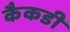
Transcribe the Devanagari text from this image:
कैकडी